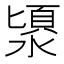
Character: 𣻯